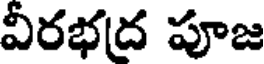
విరభద్ర పూజ